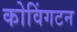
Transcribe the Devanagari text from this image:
कोविंगटन